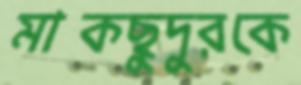
মাকছুদুরকে